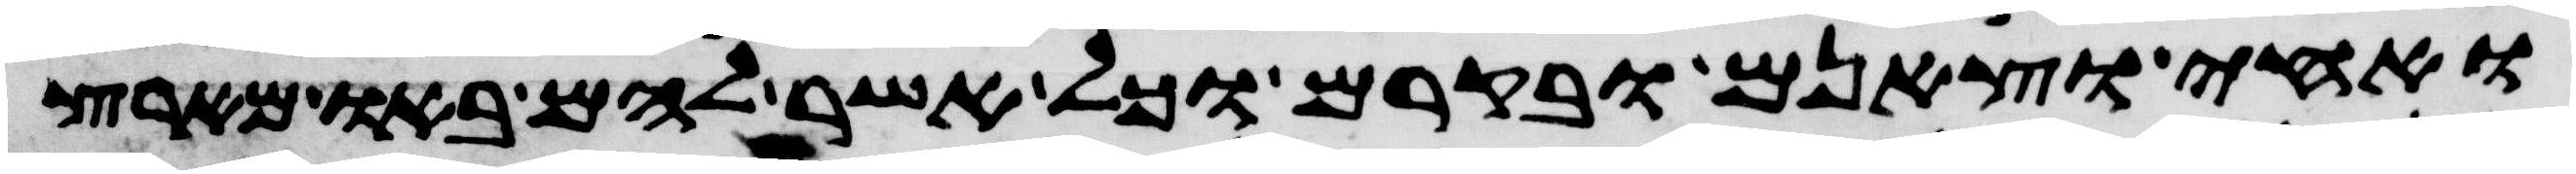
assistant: ואחי וצאנם ובקרם וכל אשר להם באו מארץ